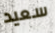
سعيد